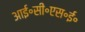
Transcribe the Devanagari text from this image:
आई॰सी॰एस॰ई॰